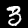
Label: 3